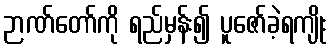
ဉာဏ်တော်ကို ရည်မှန်း၍ ပူဇော်ခဲ့ရကျိုး